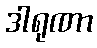
ဒါရုဏာ